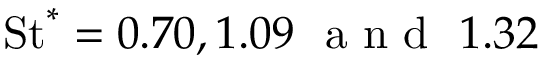
\mathrm { S t } ^ { * } = 0 . 7 0 , 1 . 0 9 ~ \mathrm { ~ a ~ n ~ d ~ } ~ 1 . 3 2